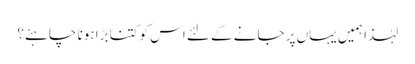
لہٰذا ہمیں یہاں پر جانے کے لئے اس کو کتنا بڑا ہونا چاہئے؟